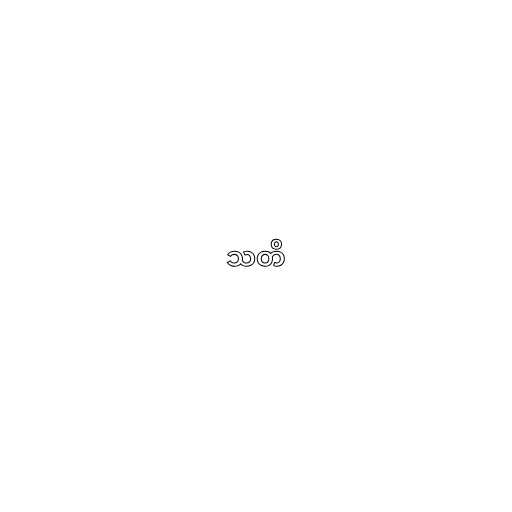
သတိ